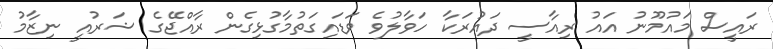
ރައީސް މައުމޫނު އައު ރިއާސީ ދައުރަކާ ހަވާލުވެ ވަޑައިގަތުމާގުޅިގެން ރާއްޖޭގެ ޝަރުއީ ނިޒާމު